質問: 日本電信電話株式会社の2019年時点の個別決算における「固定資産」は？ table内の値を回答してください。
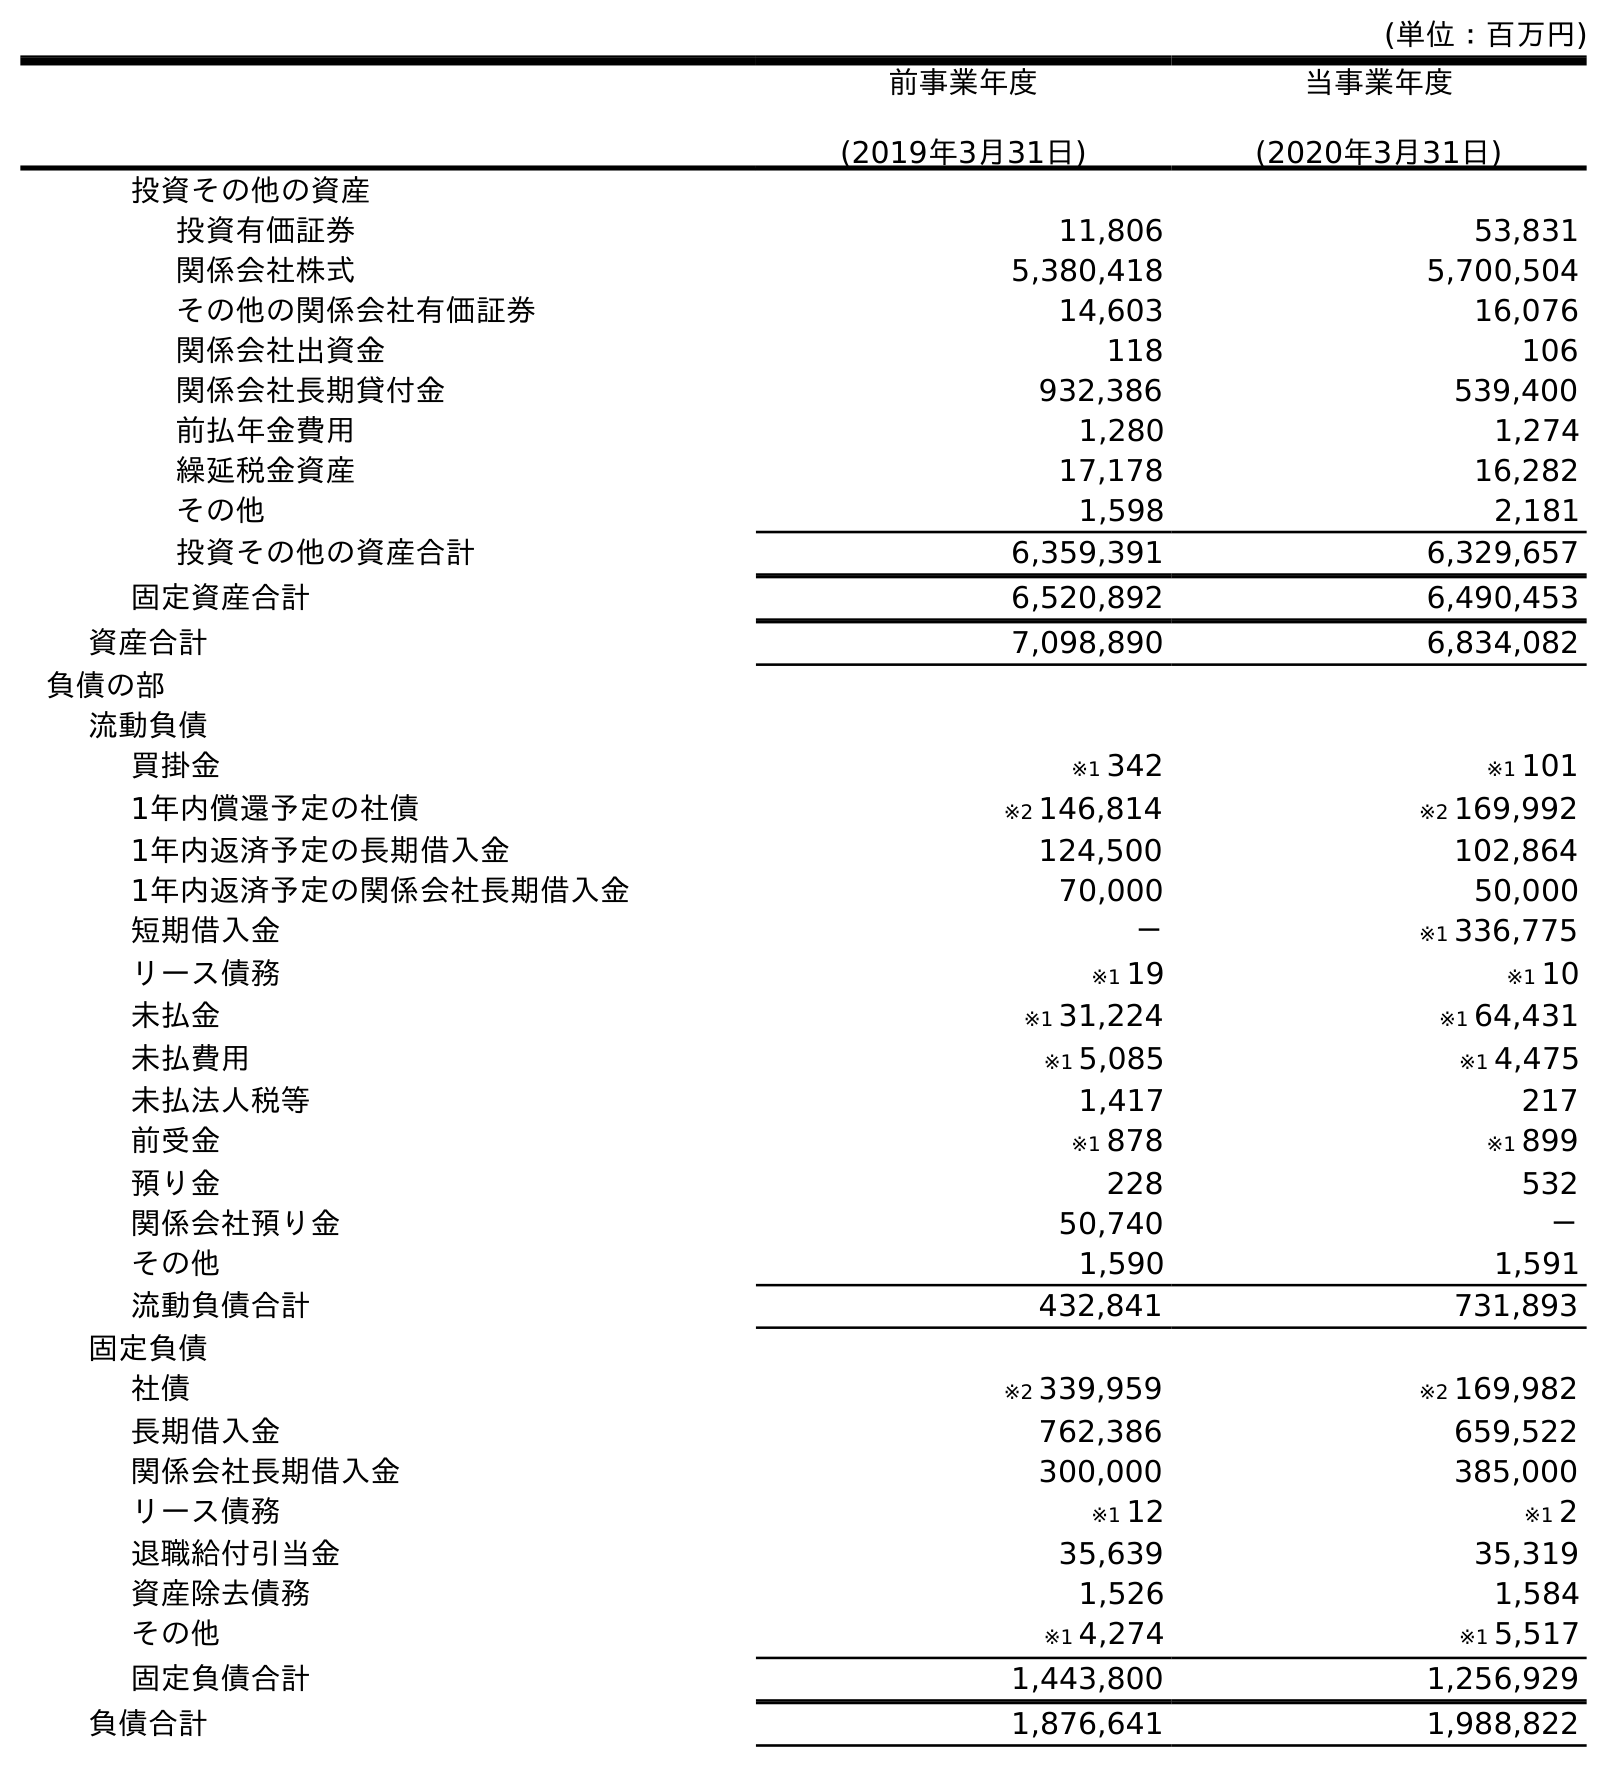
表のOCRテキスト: (単位：百万円) 前事業年度 (2019年3月31日) 当事業年度 (2020年3月31日) 投資その他の資産 投資有価証券 11,806 53,831 関係会社株式 5,380,418 5,700,504 その他の関係会社有価証券 14,603 16,076 関係会社出資金 118 106 関係会社長期貸付金 932,386 539,400 前払年金費用 1,280 1,274 繰延税金資産 17,178 16,282 その他 1,598 2,181 投資その他の資産合計 6,359,391 6,329,657 固定資産合計 6,520,892 6,490,453 資産合計 7,098,890 6,834,082 負債の部 流動負債 買掛金 ※1 342 ※1 101 1年内償還予定の社債 ※2 146,814 ※2 169,992 1年内返済予定の長期借入金 124,500 102,864 1年内返済予定の関係会社長期借入金 70,000 50,000 短期借入金 － ※1 336,775 リース債務 ※1 19 ※1 10 未払金 ※1 31,224 ※1 64,431 未払費用 ※1 5,085 ※1 4,475 未払法人税等 1,417 217 前受金 ※1 878 ※1 899 預り金 228 532 関係会社預り金 50,740 － その他 1,590 1,591 流動負債合計 432,841 731,893 固定負債 社債 ※2 339,959 ※2 169,982 長期借入金 762,386 659,522 関係会社長期借入金 300,000 385,000 リース債務 ※1 12 ※1 2 退職給付引当金 35,639 35,319 資産除去債務 1,526 1,584 その他 ※1 4,274 ※1 5,517 固定負債合計 1,443,800 1,256,929 負債合計 1,876,641 1,988,822
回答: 6,520,892